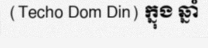
(Techo Dom Din) ក្នុង ឆ្នាំ